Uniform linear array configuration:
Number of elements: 8
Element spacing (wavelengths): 1
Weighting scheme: hamming
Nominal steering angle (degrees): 0
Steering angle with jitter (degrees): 0.9249
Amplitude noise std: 0.05
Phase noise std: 0.05

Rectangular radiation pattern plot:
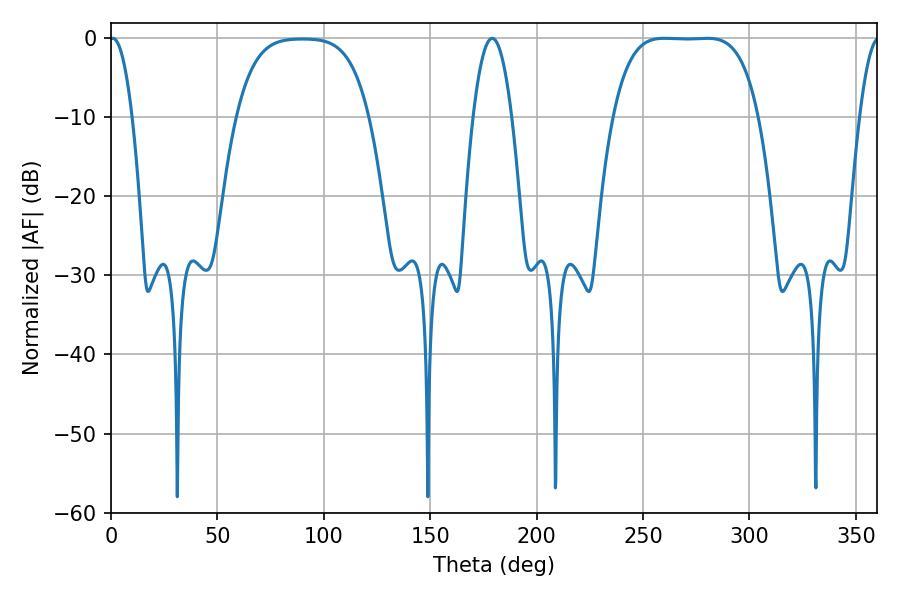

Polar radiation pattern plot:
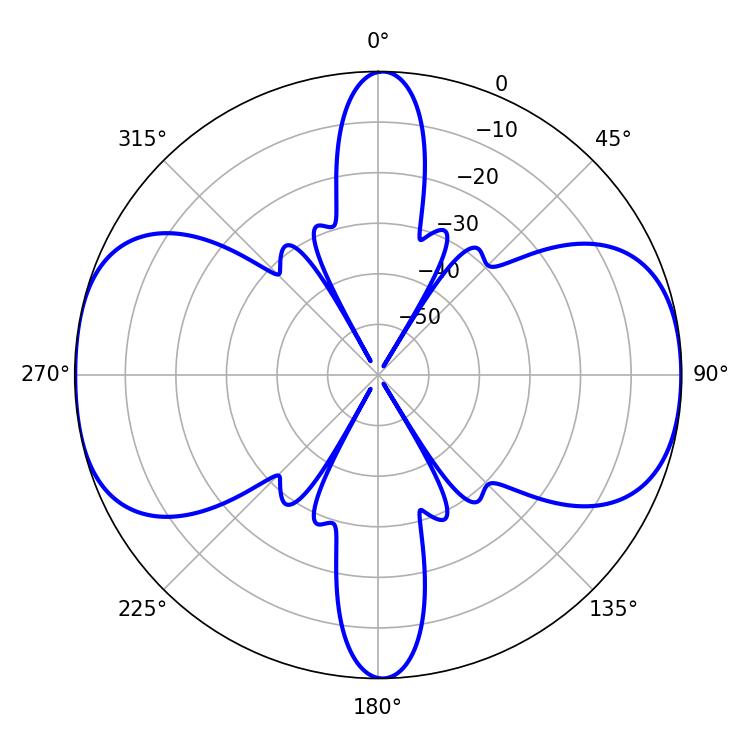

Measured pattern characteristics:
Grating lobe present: TRUE
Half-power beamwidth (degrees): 52.56
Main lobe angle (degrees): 259.92